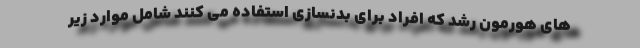
های هورمون رشد که افراد برای بدنسازی استفاده می کنند شامل موارد زیر